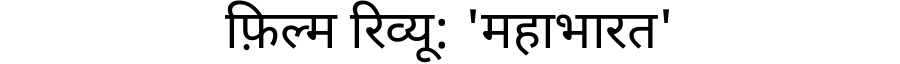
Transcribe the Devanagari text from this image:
फ़िल्म रिव्यू: 'महाभारत'